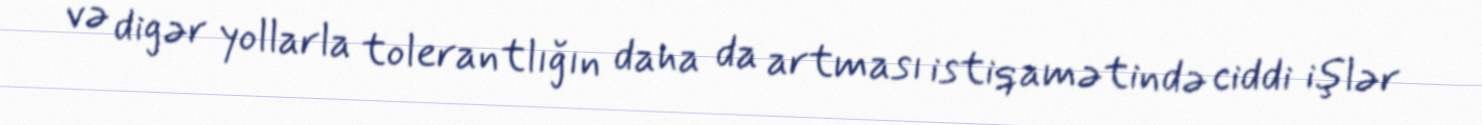
və digər yollarla tolerantlığın daha da artması istiqamətində ciddi işlər